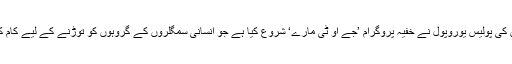
یورپی یونین کی پولیس یوروپول نے خفیہ پروگرام ’جے او ٹی مارے‘ شروع کیا ہے جو انسانی سمگلروں کے گروہوں کو توڑنے کے لیے کام کر رہی ہے۔